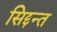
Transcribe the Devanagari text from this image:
सिद्दन्त